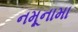
નમૂનામા